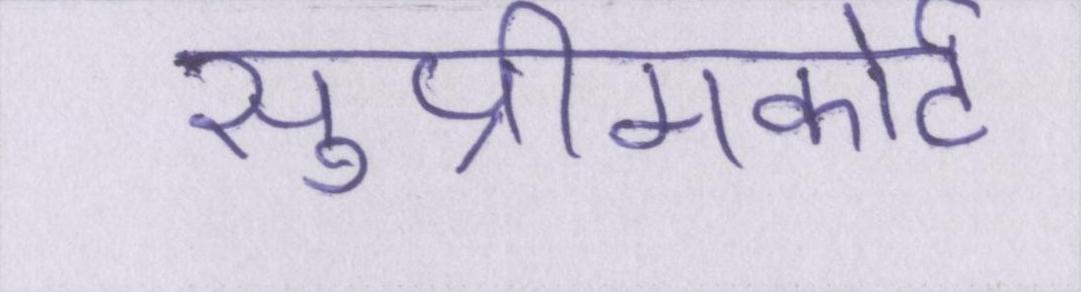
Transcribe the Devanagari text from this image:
सुप्रीमकोर्ट